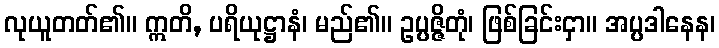
လုယူတတ်၏။ ဣတိ, ပရိယုဋ္ဌာနံ၊ မည်၏။ ဥပ္ပဇ္ဇိတုံ၊ ဖြစ်ခြင်းငှာ။ အပ္ပဒါနေန၊